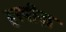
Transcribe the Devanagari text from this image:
हरपीज़